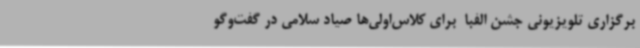
برگزاری تلویزیونی جشن الفبا  برای کلاس‌اولی‌ها صیاد سلامی در گفت‌وگو